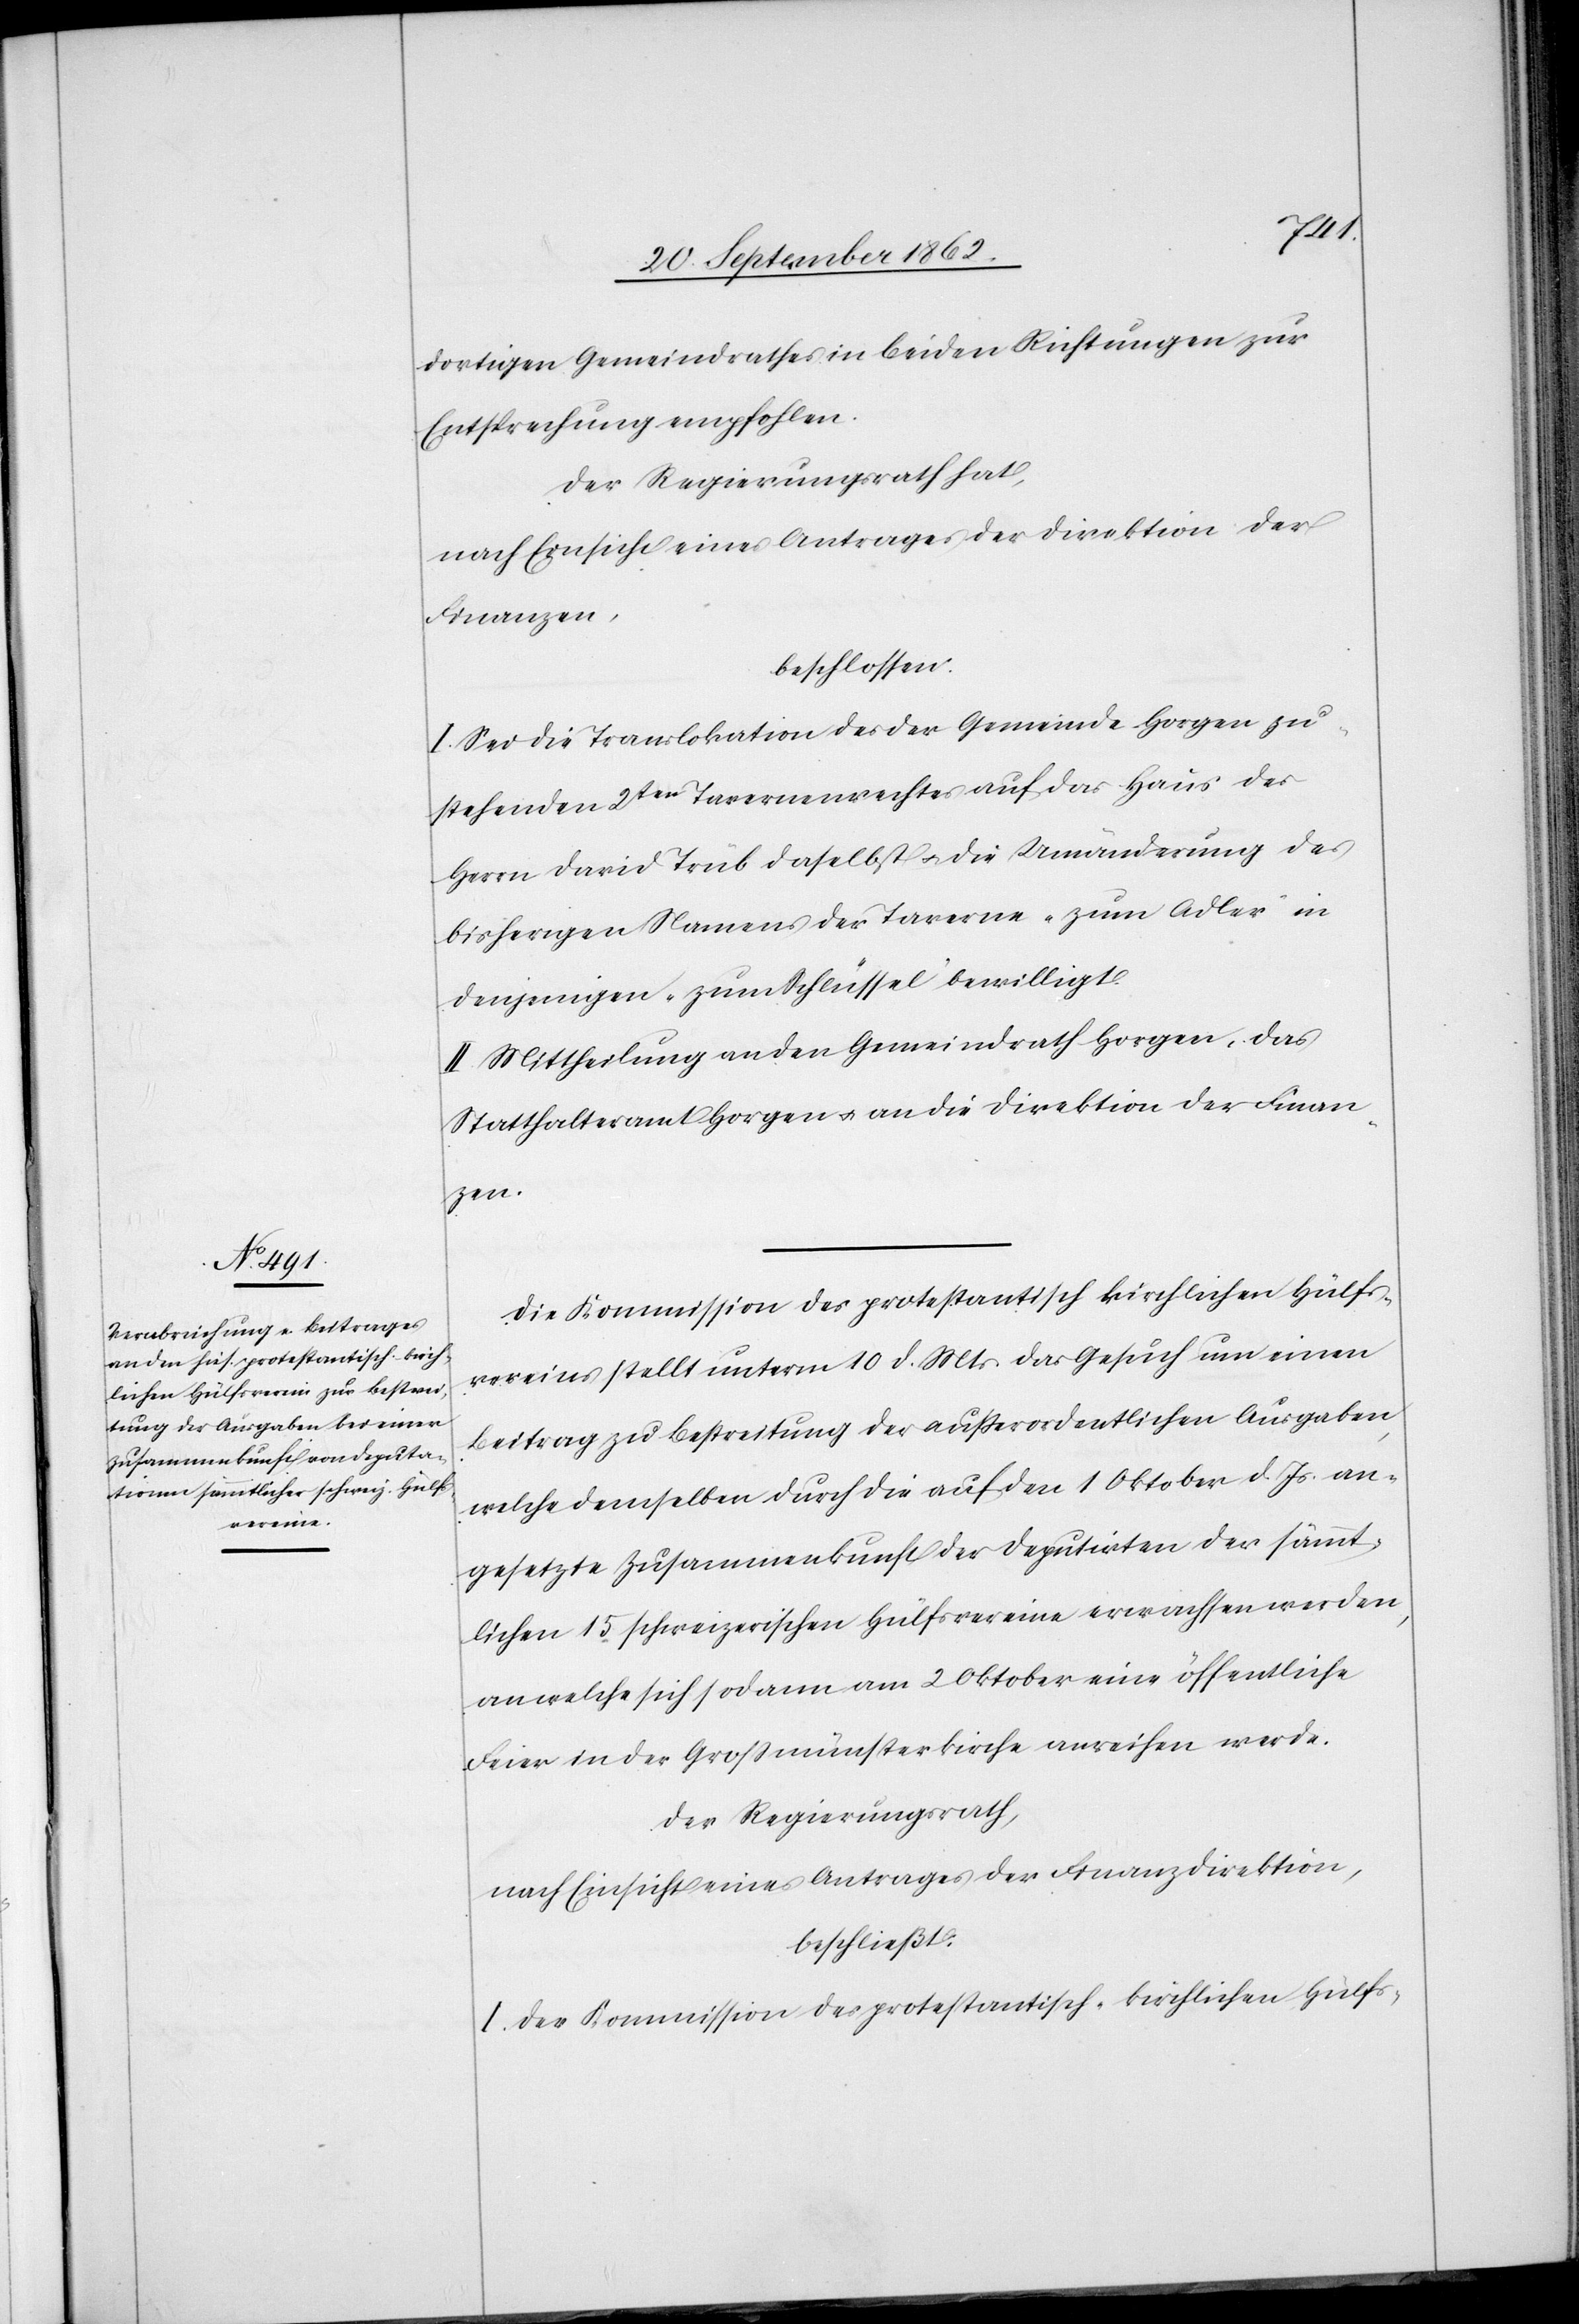
dortigen Gemeindrathes in beiden Richtungen zur
Entsprechung empfohlen.
Der Regierungsrath hat,
nach Einsicht eines Antrages der Direktion der
Finanzen,
beschlossen.
I. Sei die Translokation des der Gemeinde Horgen zu¬
stehenden 2ten Tavernenrechtes auf das Haus des
Herrn David Trüb daselbst u. die Umänderung des
bisherigen Namens der Taverne „zum Adler“ in
denjenigen „zum Schlüssel“ bewilligt.
II. Mittheilung an den Gemeindrath Horgen, das
Statthalteramt Horgen u. an die Direktion der Finan¬
zen.
Die Kommission des protestantisch kirchlichen Hülfs¬
vereins stellt unterm 10. d. Mts. das Gesuch um einen
Beitrag zu Bestreitung der außerordentlichen Ausgaben,
welche demselben durch die auf den 1. Oktober d. Js. an¬
gesetzte Zusammenkunft der Deputirten der sämmt¬
lichen 15 schweizerischen Hülfsvereine erwachsen werden,
an welche sich sodann am 2. Oktober eine öffentliche
Feier in der Großmünsterkirche anreihen werde.
Der Regierungsrath,
nach Einsicht eines Antrages der Finanzdirektion,
beschließt:
I. Der Kommission des protestantisch-kirchlichen Hülfs-